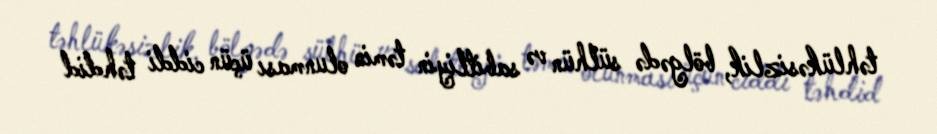
təhlükəsizlik, bölgədə sülhün və sabitliyin təmin olunması üçün ciddi təhdid